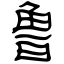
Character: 鲁